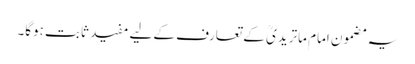
یہ مضمون امام ماتریدیؒ کے تعارف کے لیے مفید ثابت ہوگا۔